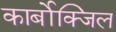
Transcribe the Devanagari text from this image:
कार्बोक्जिल